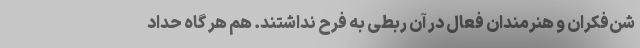
شن‌فکران و هنرمندان فعال در آن ربطی به فرح نداشتند. هم هر گاه حداد